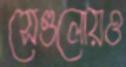
সেগুলোয়ও